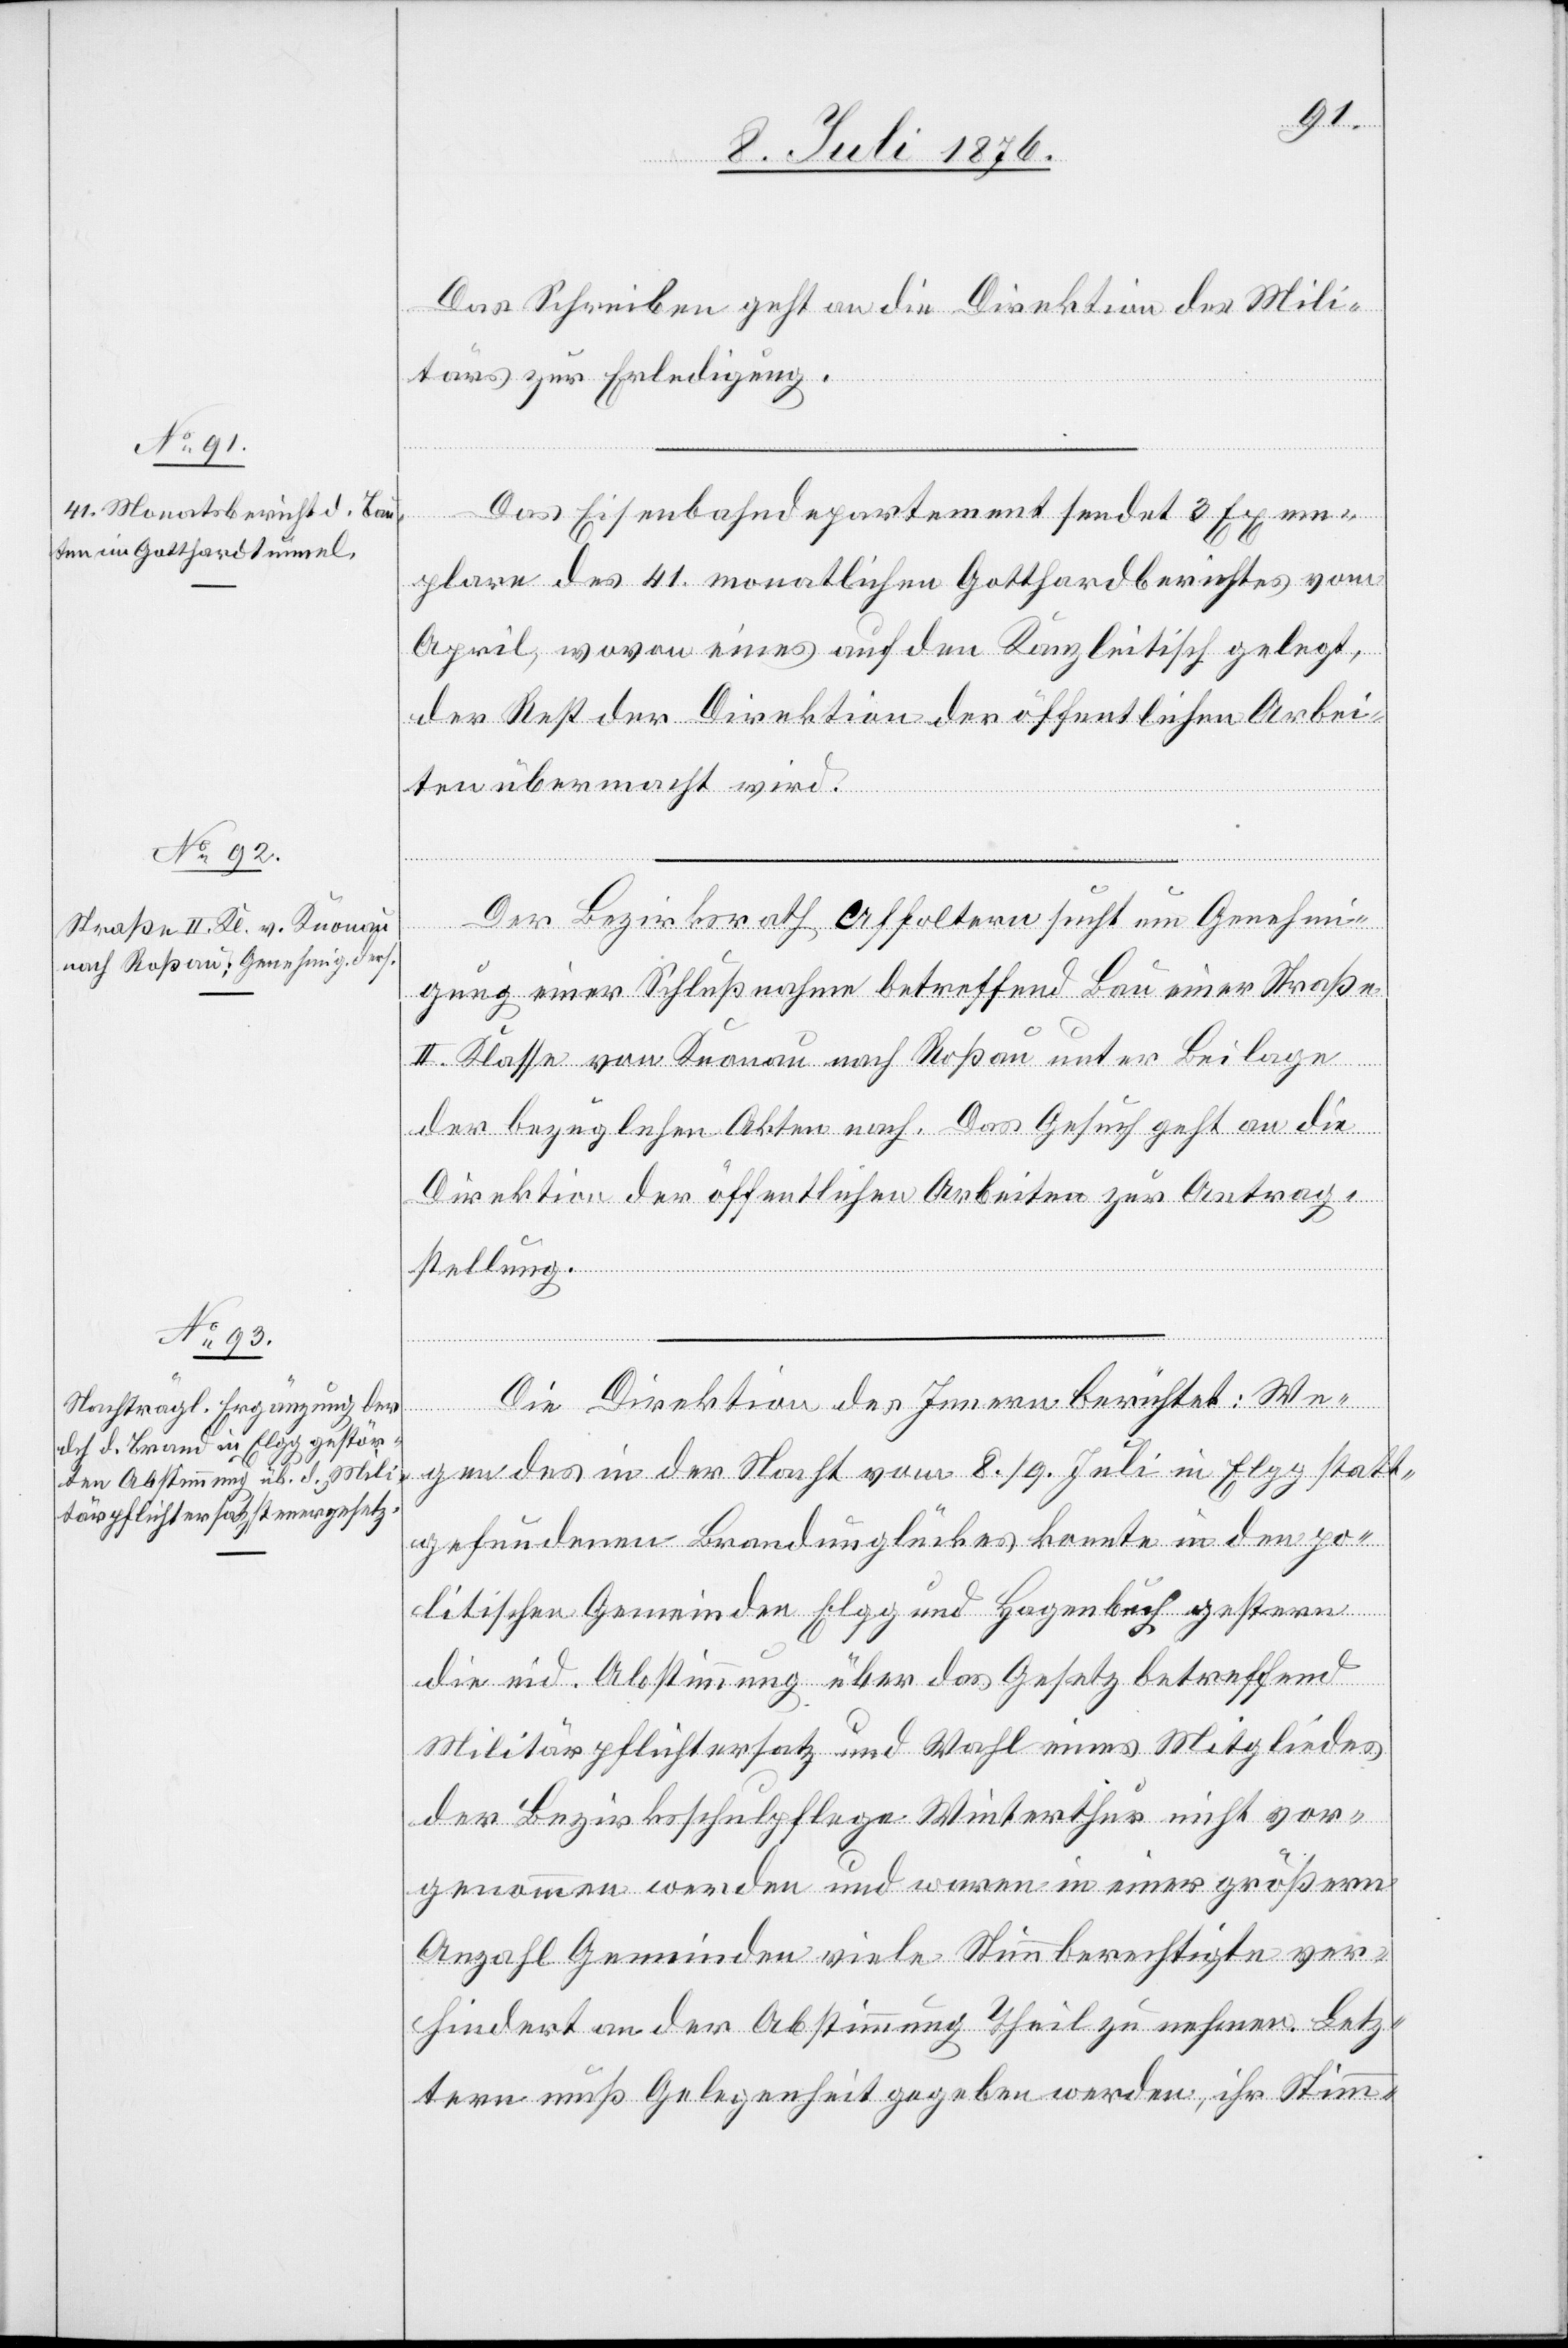
10. Juli 1876.]
Das Schreiben geht an die Direktion des Mili¬
tärs zur Erledigung.
Das Eisenbahndepartement sendet 3 Exem¬
plare des 41. monatlichen Gotthardberichtes vom
April, wovon eines auf den Kanzleitisch gelegt,
der Rest der Direktion der öffentlichen Arbei¬
ten übermacht wird.
Der Bezirksrath Affoltern sucht um Genehmi¬
gung einer Schlußnahme betreffend Bau einer Straße
II. Klasse von Knonau nach Roßau unter Beilage
der bezüglichen Akten nach. Das Gesuch geht an die
Direktion der öffentlichen Arbeiten zur Antrag¬
stellung.
Die Direktion des Innern berichtet: We¬
gen des in der Nacht vom 8./9. Juli in Elgg statt¬
gefundenen Brandunglückes konnte in den po¬
litischen Gemeinden Elgg und Hagenbuch gestern
die eid. Abstimmung über das Gesetz betreffend
Militärpflichtersatz und Wahl eines Mitgliedes
der Bezirksschulpflege Winterthur nicht vor¬
genommen werden und waren in einer größern
Anzahl Gemeinden viele Stimmberechtigte ver¬
hindert an der Abstimmung Theil zu nehmen. Letz¬
tern muß Gelegenheit gegeben werden, ihr Stimm-